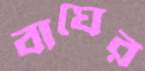
বাঘের